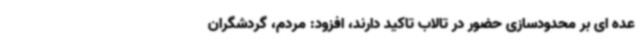
عده ای بر محدودسازی حضور در تالاب تاکید دارند، افزود: مردم، گردشگران